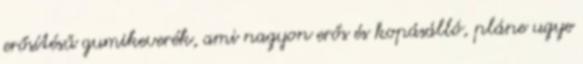
erősítésű gumikeverék, ami nagyon erős és kopásálló, pláne ugye